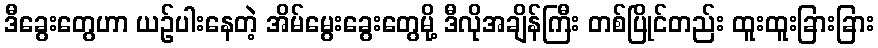
ဒီခွေးတွေဟာ ယဉ်ပါးနေတဲ့ အိမ်မွေးခွေးတွေမို့ ဒီလိုအချိန်ကြီး တစ်ပြိုင်တည်း ထူးထူးခြားခြား